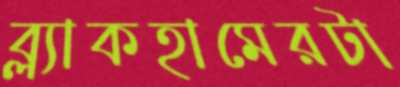
ব্ল্যাকহামেরটা